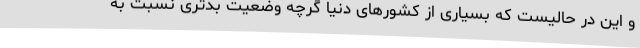
و این در حالیست که بسیاری از کشورهای دنیا گرچه وضعیت بدتری نسبت به